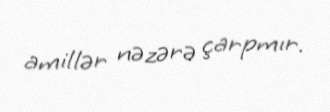
amillər nəzərə çarpmır.